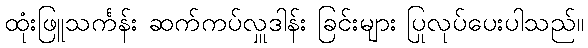
ထုံးဖြူသင်္ကန်း ဆက်ကပ်လှူဒါန်း ခြင်းများ ပြုလုပ်ပေးပါသည်။